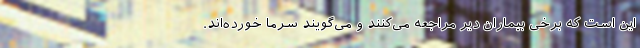
این است که برخی بیماران دیر مراجعه می‌کنند و می‌گویند سرما خورده‌اند.